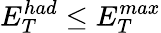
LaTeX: E_{T}^{had}\leq E_{T}^{max}